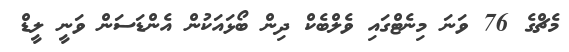
މެޗްގެ 76 ވަނަ މިނެޓްގައި ވެލްބެކް ދިން ބޯޅައަކުން އެންޑަސަން ވަނީ ލީޑް